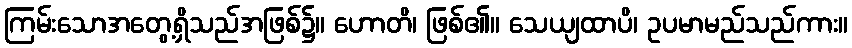
ကြမ်းသောအတွေ့ရှိသည်အဖြစ်၌။ ဟောတိ၊ ဖြစ်၏။ သေယျထာပိ၊ ဥပမာမည်သည်ကား။